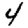
Digit: 4